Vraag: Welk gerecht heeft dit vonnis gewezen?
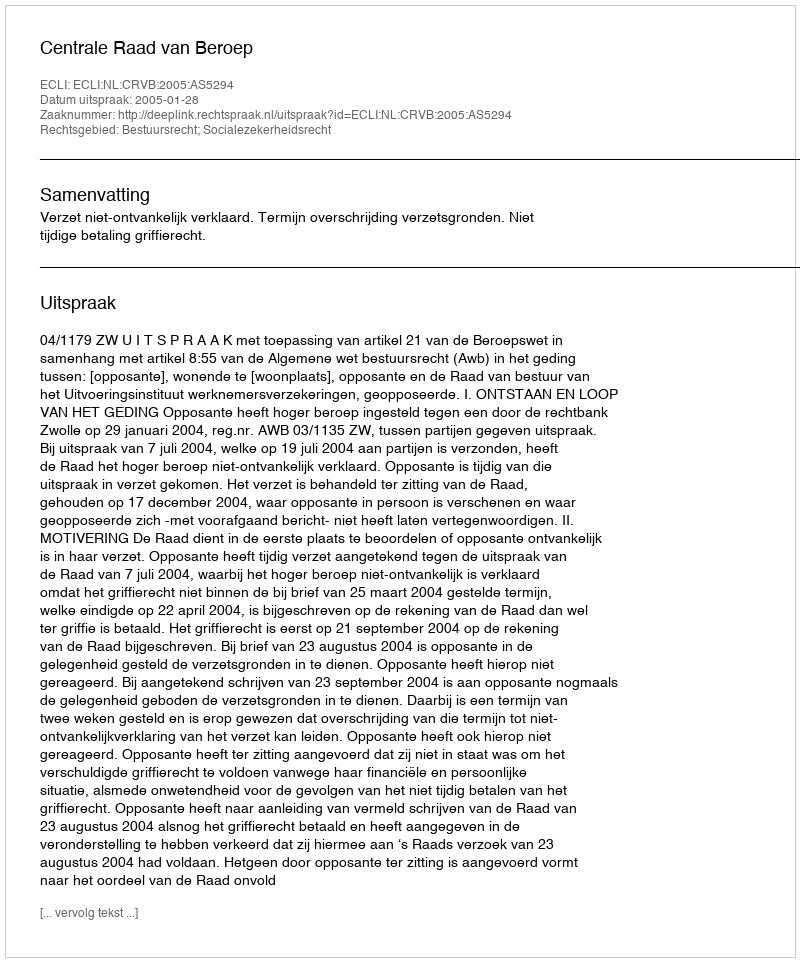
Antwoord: Centrale Raad van Beroep